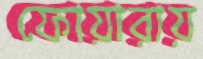
ফোয়ারায়